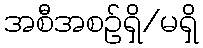
အစီအစဉ်ရှိ/မရှိ